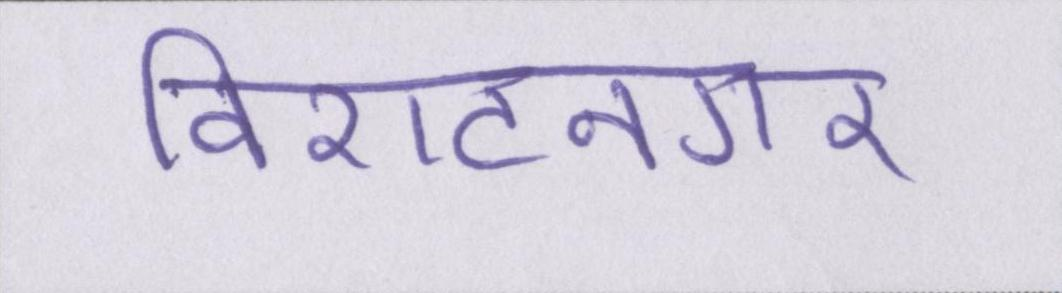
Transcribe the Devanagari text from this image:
विराटनगर